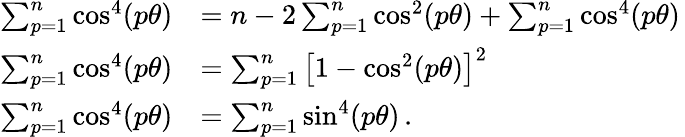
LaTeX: \begin{array}{rl}{\sum_{p=1}^{n}\cos^{4}(p\theta)}&{=n-2\sum_{p=1}^{n}\cos^{2}(p\theta)+\sum_{p=1}^{n}\cos^{4}(p\theta)\, }\\ {\sum_{p=1}^{n}\cos^{4}(p\theta)}&{=\sum_{p=1}^{n}\left[1-\cos^{2}(p\theta)\right]^{2}\, }\\ {\sum_{p=1}^{n}\cos^{4}(p\theta)}&{=\sum_{p=1}^{n}\sin^{4}(p\theta)\, .}\end{array}